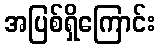
အပြစ်ရှိကြောင်း